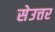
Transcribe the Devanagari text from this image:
सेउत्तर